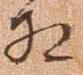
相